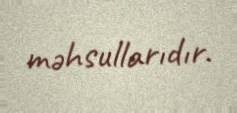
məhsullarıdır.